Standards of the constituents of the urine and blood and the bearing of the metabolism of Bengalis on the problems of nutrition - Number 34
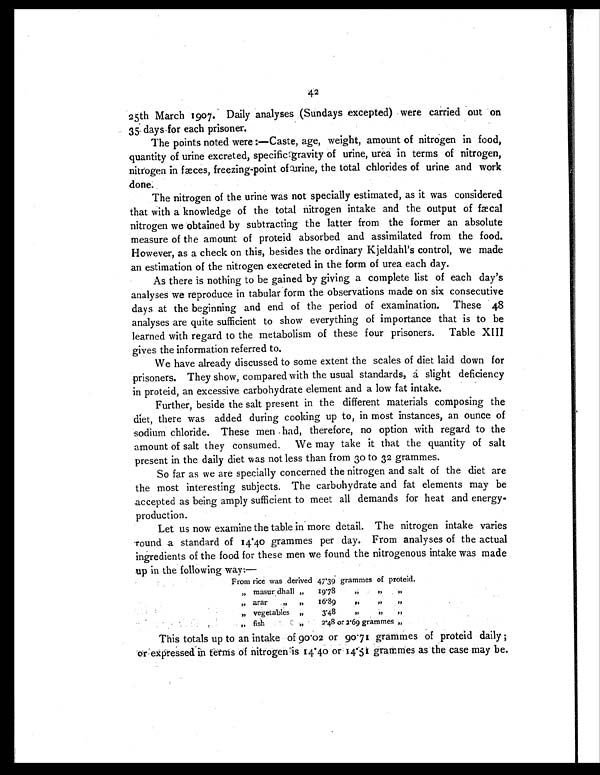
42
25th March 1907. Daily analyses (Sundays excepted) were carried out on
35 days for each prisoner.
The points noted were :—Caste, age, weight, amount of nitrogen in food,
quantity of urine excreted, specific gravity of urine, urea in terms of nitrogen,
nitrogen in fæces, freezing-point of atrine, the total chlorides of urine and work
done.
The nitrogen of the urine was not specially estimated, as it was considered
that with a knowledge of the total nitrogen intake and the output of fæcal
nitrogen we obtained by subtracting the latter from the former an absolute
measure of the amount of proteid absorbed and assimilated from the food.
However, as a check on this, besides the ordinary Kjeldahl's control, we made
an estimation of the nitrogen execreted in the form of urea each day.
As there is nothing to be gained by giving a complete list of each day's
analyses we reproduce in tabular form the observations made on six consecutive
days at the beginning and end of the period of examination. These 48
analyses are quite sufficient to show everything of importance that is to be
learned with regard to the metabolism of these four prisoners. Table XIII
gives the information referred to.
We have already discussed to some extent the scales of diet laid down for
prisoners. They show, compared with the usual standards, a slight deficiency
in proteid, an excessive carbohydrate element and a low fat intake.
Further, beside the salt present in the different materials composing the
diet, there was added during cooking up to, in most instances, an ounce of
sodium chloride. These men had, therefore, no option with regard to the
amount of salt they consumed. We may take it that the quantity of salt
present in the daily diet was not less than from 3o to 32 grammes.
So far as we are specially concerned the nitrogen and salt of the diet are
the most interesting subjects. The carbohydrate and fat elements may be
accepted as being amply sufficient to meet all demands for heat and energy-
production.
Let us now examine the table in more detail. The nitrogen intake varies
round a standard of 14.40 grammes per day. From analyses of the actual
ingredients of the food for these men we found the nitrogenous intake was made
up in the following way:—
From rice was derived 47.39 grammes of proteid.
„ masur dhall „
19.78
,,
„
„
„
arar
„
,,
16.. 8 9
„
„
,
„ „
vegetables ,,
3'48
,,
,,
,,
„
fish
,.
2.48 or 2.. 6 9 g r a m m e s
„
This totals up to an intake of 90.02 or 90.71 grammes of proteid daily ;
o r expressed in teams of nitrogenls 14.40 or 114.51 grammes as the case may be.